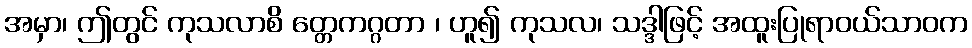
အမှာ၊ ဤတွင် ကုသလာစိ တ္တေကဂ္ဂတာ ၊ ဟူ၍ ကုသလ၊ သဒ္ဒါဖြင့် အထူးပြုရာဝယ်သာဝက